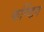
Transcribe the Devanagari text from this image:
फण्डिंग